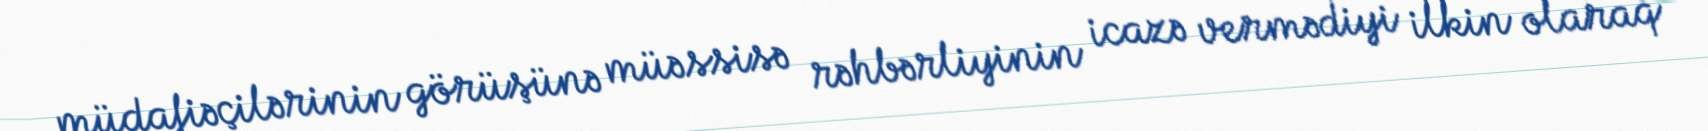
müdafiəçilərinin görüşünə müəssisə rəhbərliyinin icazə vermədiyi ilkin olaraq